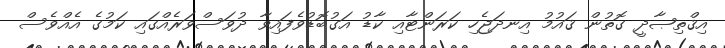
އިޤްތިޞާދީ ގޮތުން ޤައުމު އިނދަޖެހި ކަރަންޓާއި ކާޑު އަގުބޮޑުވެފައިވާ ދުވަސްވަރެއްގައި ކަމުގެ އެއްވެސް